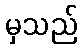
မှသည်